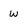
Character: W